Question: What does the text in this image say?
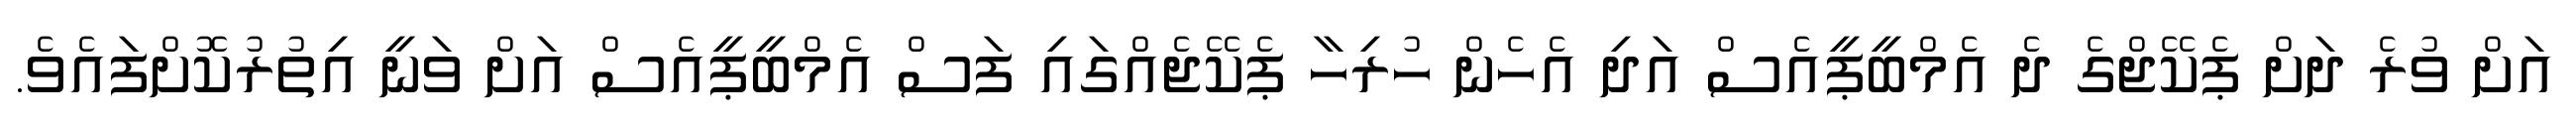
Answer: އަށް ވުރެ ދަށް ޕެކޭޖްގެ ދެ އެމްބީޕީއެސް އަދި އެހެން ހުރިހާ ޕެކޭޖެއްގައި ފަސް އެމްބީޕީއެސް އަށް ވަނީ އިތުރުކޮށްފައެވެ.